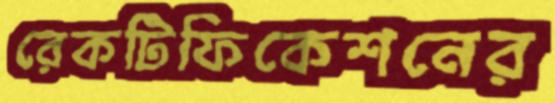
রেকটিফিকেশনের